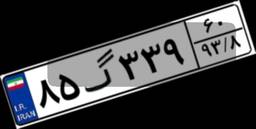
۸۵گ۳۳۹۶۰